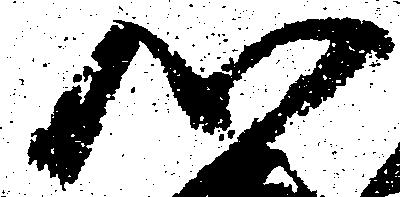
心